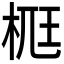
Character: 𣒸